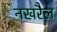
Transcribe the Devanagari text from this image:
नखरैल